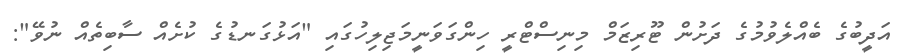
އަދީބުގެ ބެއްލެވުމުގެ ދަށުން ޓޫރިޒަމް މިނިސްޓްރީ ހިންގަވަނީމަޖިލިހުގައި "އަޅުގަނޑުގެ ކުށެއް ސާބިތެއް ނުވޭ":